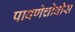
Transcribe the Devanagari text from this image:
पावणेचोवीस